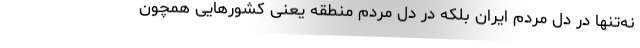
نه‌تنها در دل مردم ایران بلکه در دل مردم منطقه یعنی کشورهایی همچون